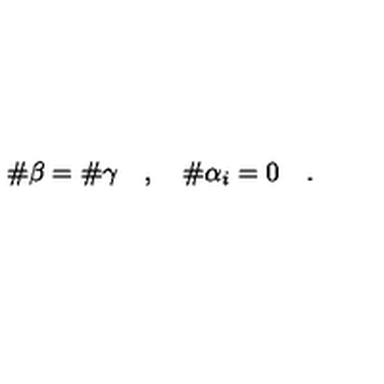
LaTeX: \# \beta = \# \gamma \quad , \quad \# \alpha _ { i } = 0 \quad .